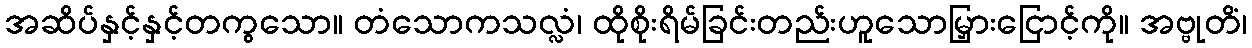
အဆိပ်နှင့်နှင့်တကွသော။ တံသောကသလ္လံ၊ ထိုစိုးရိမ်ခြင်းတည်းဟူသောမြှားငြောင့်ကို။ အဗ္ဗုတိံ၊